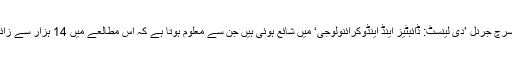
اس تحقیق کی تفصیلات ریسرچ جرنل ’دی لینسٹ: ڈائبٹیز اینڈ اینڈوکرائنولوجی‘ میں شائع ہوئی ہیں جن سے معلوم ہوتا ہے کہ اس مطالعے میں 14 ہزار سے زائد مریضوں کا جائزہ لیا گیا۔